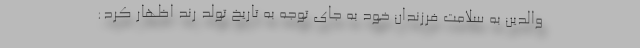
والدین به سلامت فرزندان خود به جای توجه به تاریخ تولد رُند اظهار کرد: